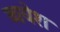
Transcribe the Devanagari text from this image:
व्ययेश